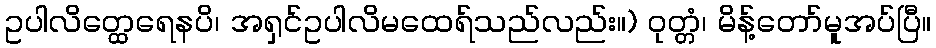
ဥပါလိတ္ထေရေနပိ၊ အရှင်ဥပါလိမထေရ်သည်လည်း။) ဝုတ္တံ၊ မိန့်တော်မူအပ်ပြီ။